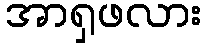
အာရှဖလား